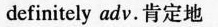
definitely adv.肯定地